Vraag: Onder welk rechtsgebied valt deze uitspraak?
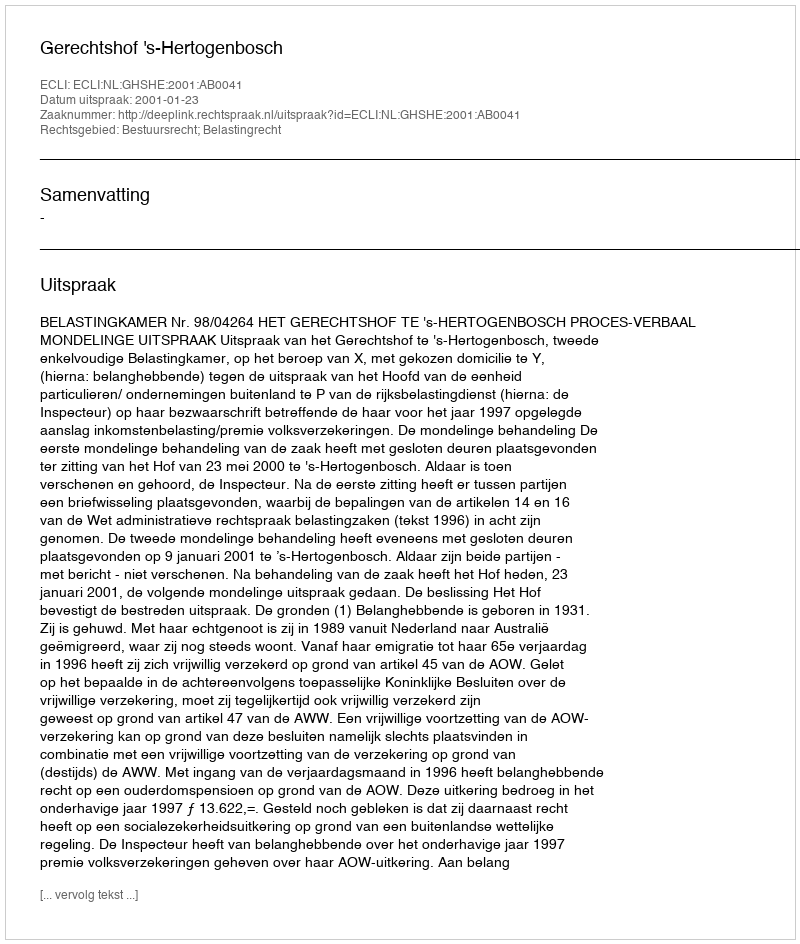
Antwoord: Bestuursrecht; Belastingrecht